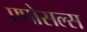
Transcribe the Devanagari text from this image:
एपोसल्स